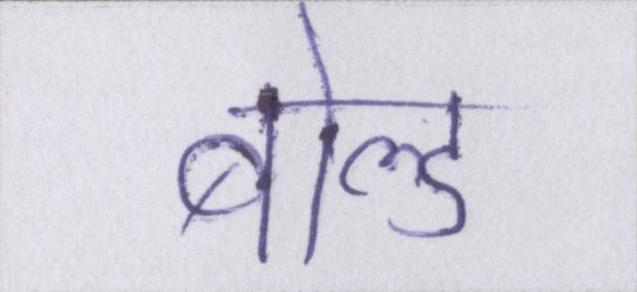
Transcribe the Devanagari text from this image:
बोल्ड